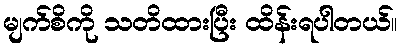
မျက်စိကို သတိထားပြီး ထိန်းရပါတယ်။